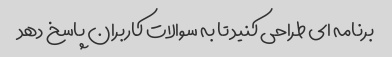
برنامه ای طراحی کنید تا به سوالات کاربران پاسخ دهد